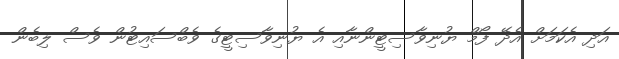
އަދި އެކަމަށް އެދޭ ފޯމް ޔުނިވާސިޓީންނާއި އެ ޔުނިވާސިޓީގެ ވެބްސައިޓުން ވެސް ލިބެން